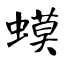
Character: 蟆